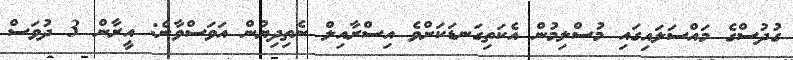
ގުދުސްގެ މައްސަލައިގައި މުސްލިމުން އެކަތިގަނޑަކަށްވެ އިސްރާއިލް ނެތިދިޔުން އަވަސްވާނެ: އީރާން 3 ދުވަސް